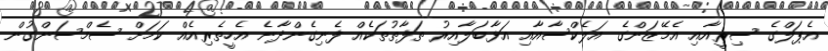
އެޕަލްގެ ސިރީއާއި އެމޭޒަންގެ އަލެކްސާއާއި އަޅާބަލާއިރު ތަފާތުތަކެއް ފެނިގެންދާނެ އެހީތެރިއެއް ކަމަށް ސެމްސަންގުން